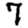
Digit: 7